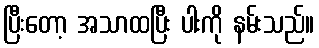
ပြီးတော့ အသာထပြီး ပါးကို နမ်းသည်။